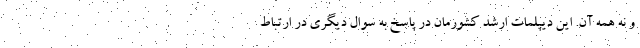
و نه همه آن. این دیپلمات ارشد کشورمان در پاسخ به سوال دیگری در ارتباط